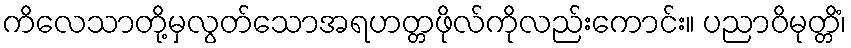
ကိလေသာတို့မှလွတ်သောအရဟတ္တဖိုလ်ကိုလည်းကောင်း။ ပညာဝိမုတ္တိံ၊